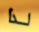
لذا